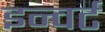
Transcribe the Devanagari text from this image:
इन्वर्ट